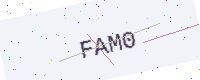
Text: FAM0